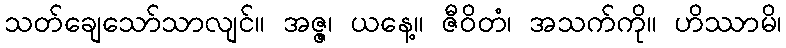
သတ်ချေသော်သာလျင်။ အဇ္ဇ၊ ယနေ့။ ဇီဝိတံ၊ အသက်ကို။ ဟိဿာမိ၊